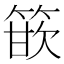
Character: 篏